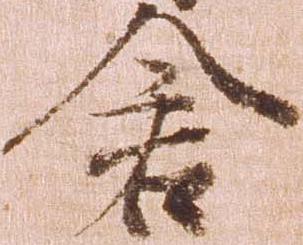
倉